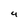
Character: 4